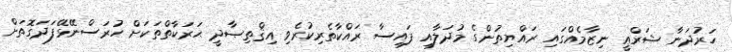
ހަރުދަނާ ޝަރްޢީ ނިޒާމެއްގައި ރައްޔިތުންގެ މުދަލާއި ފައިސާ ރައްކާތެރިކުރެވި އިޤްތިޞާދީ ޙަރަކާތްތަކަށް ހުރަސްނޭޅޭފަދަގޮތަށް